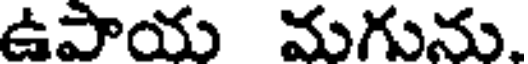
ఉపాయ మగును.